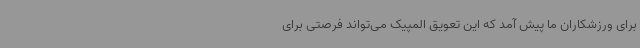
برای ورزشکاران ما پیش آمد که این تعویق المپیک می‌تواند فرصتی برای